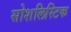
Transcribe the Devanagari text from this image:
सोशलिस्टिक